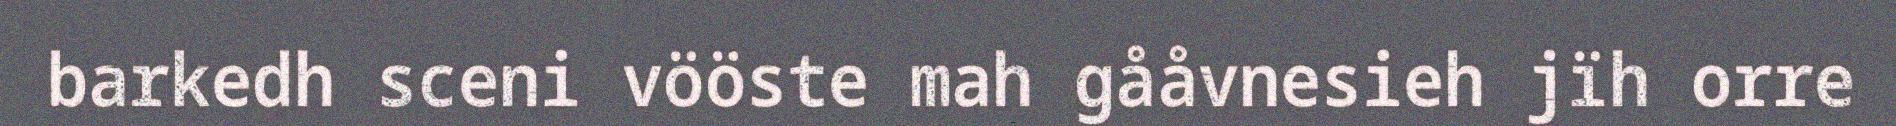
barkedh sceni vööste mah gååvnesieh jïh orre